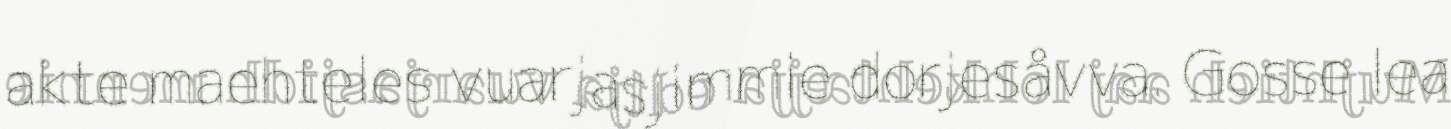
akte maehteles vuarjasjimmie dorjesåvva. Gosse lea